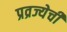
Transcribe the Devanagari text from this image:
प्रव्रज्येची